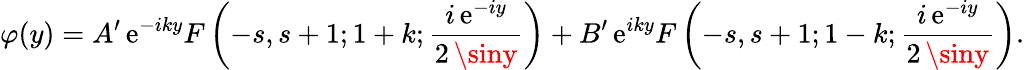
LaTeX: \varphi(y)=A^{\prime}\, \mathrm{e}^{-iky}F\left(-s,s+1;1+k;\frac{{i\, \mathrm{e}^{-iy}}}{{2\, \siny}}\right)+B^{\prime}\, \mathrm{e}^{iky}F\left(-s,s+1;1-k;\frac{{i\, \mathrm{e}^{-iy}}}{{2\, \siny}}\right).